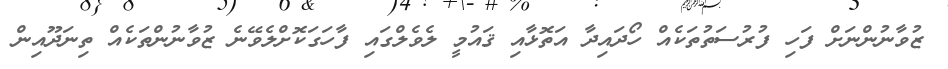
ޒުވާނުންނަށް ފަހި ފުރުސަތުތަކެއް ހޯދައިދާ އަތޮޅާއި ޤައުމީ ލެވެލްގައި ފާހަގަކޮށްލެވޭނެ ޒުވާނުންތަކެއް ތިނަދޫއިން